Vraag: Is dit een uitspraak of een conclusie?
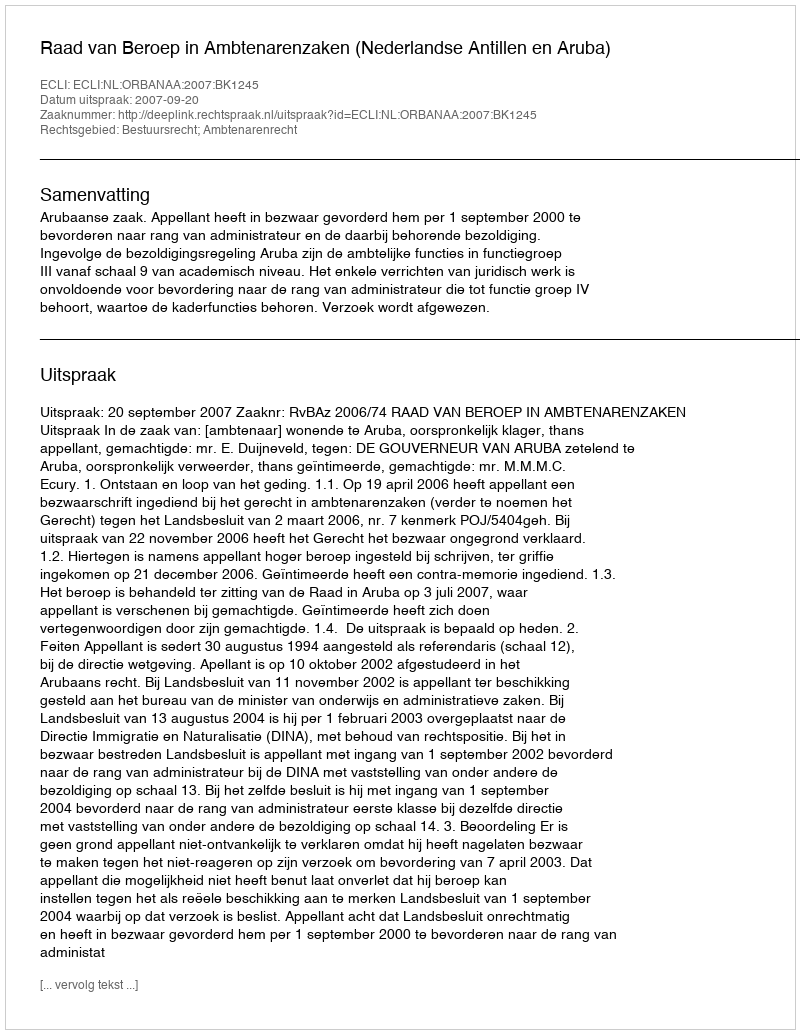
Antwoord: Uitspraak